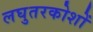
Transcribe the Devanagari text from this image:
लघुतरकोशों